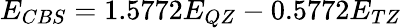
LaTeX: E_{CBS}=1.5772E_{QZ}-0.5772E_{TZ}